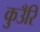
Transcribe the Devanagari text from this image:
कुउँरि